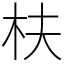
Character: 枎